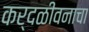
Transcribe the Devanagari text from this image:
कर्दळीवनाचा